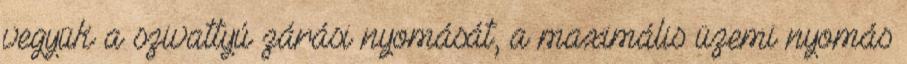
vegyük a szivattyú zárási nyomását, a maximális üzemi nyomás